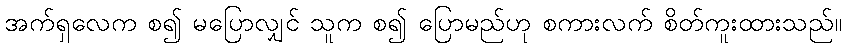
အက်ရှလေက စ၍ မပြောလျှင် သူက စ၍ ပြောမည်ဟု စကားလက် စိတ်ကူးထားသည်။